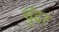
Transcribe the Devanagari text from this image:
चुंदर